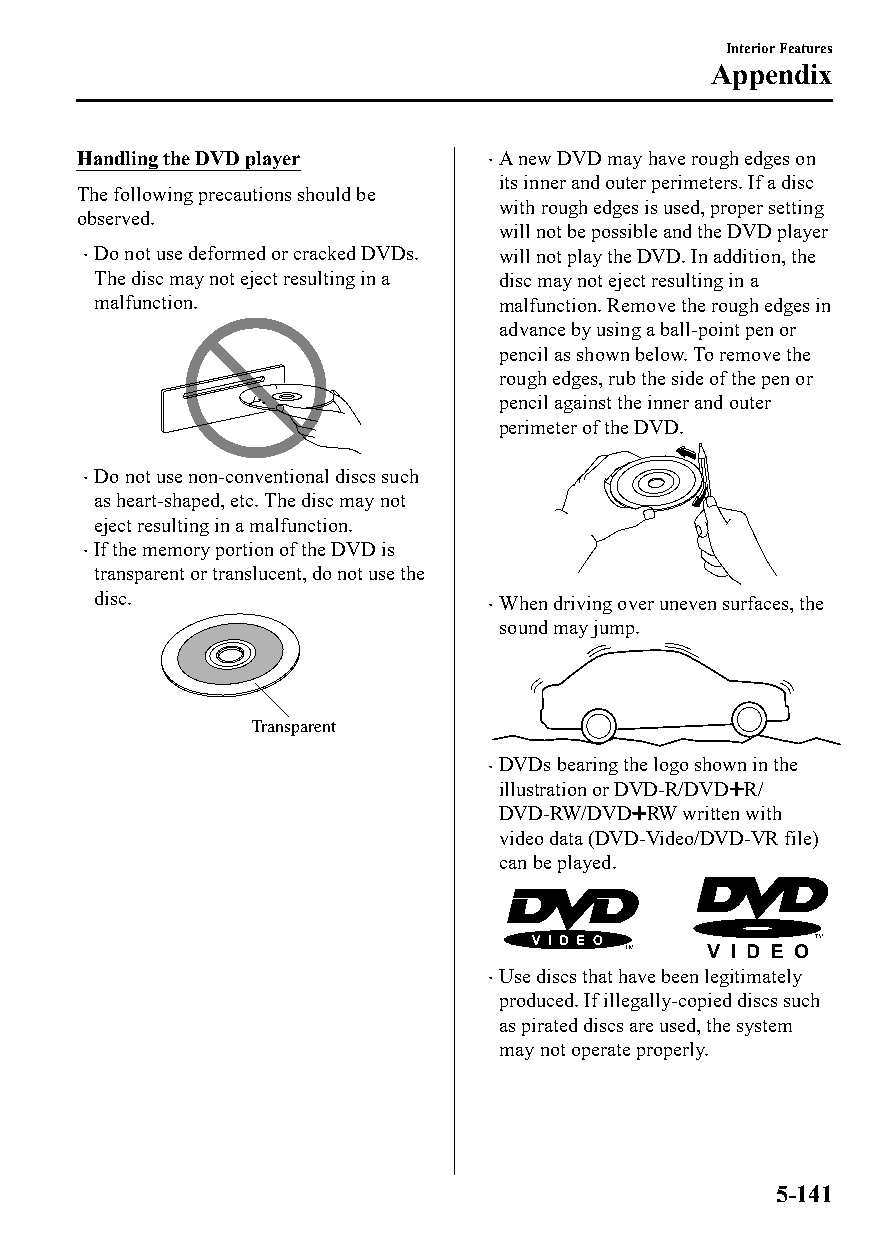
Interior Features
 Appendix
 Handling the DVD player     A new DVD may have rough edges on
 
 its inner and outer perimeters. If a disc
 The following precautions should be
 with rough edges is used, proper setting
 observed.
 will not be possible and the DVD player
  Do not use deformed or cracked DVDs. will not play the DVD. In addition, the
 The disc may not eject resulting in a disc may not eject resulting in a
 malfunction.               malfunction. Remove the rough edges in
 advance by using a ball-point pen or
 pencil as shown below. To remove the
 rough edges, rub the side of the pen or
 pencil against the inner and outer
 perimeter of the DVD.
 Do not use non-conventional discs such
 
 as heart-shaped, etc. The disc may not
 eject resulting in a malfunction.
 If the memory portion of the DVD is
 
 transparent or translucent, do not use the
 disc.                      When driving over uneven surfaces, the
 
 sound may jump.
 Transparent
 DVDs bearing the logo shown in the
 
 illustration or DVD-R/DVD R/
 DVD-RW/DVD RW written with
 video data (DVD-Video/DVD-VR file)
 can be played.
 Use discs that have been legitimately
 
 produced. If illegally-copied discs such
 as pirated discs are used, the system
 may not operate properly.
 5-141
 CX-3_8GT4-EE-18D_Edition4                  2018-9-6 18:32:19